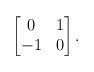
LaTeX: \begin{align*}\begin{bmatrix} 0 & 1 \\ -1 & 0 \end{bmatrix}.\end{align*}